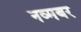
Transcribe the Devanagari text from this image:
नव्मबर